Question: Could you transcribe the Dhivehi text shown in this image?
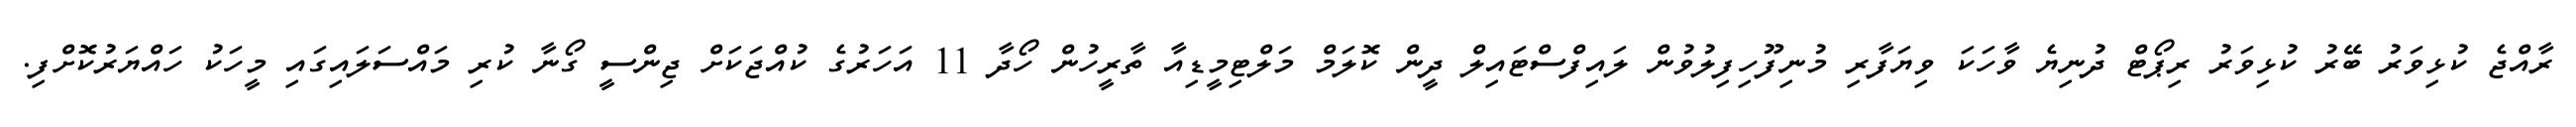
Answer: ރާއްޖެ ކުޅިވަރު ބޭރު ކުޅިވަރު ރިޕޯޓް ދުނިޔެ ވާހަކަ ވިޔަފާރި މުނިފޫހިފިލުވުން ލައިފްސްޓައިލް ދީން ކޮލަމް މަލްޓިމީޑިއާ ތާރީހުން ހޯދާ 11 އަހަރުގެ ކުއްޖަކަށް ޖިންސީ ގޯނާ ކުރި މައްސަލައިގައި މީހަކު ހައްޔަރުކޮށްފި.